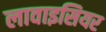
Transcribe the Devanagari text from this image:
लावाइसियर